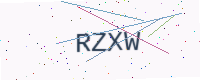
Text: RZXW